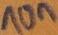
Text: 10n